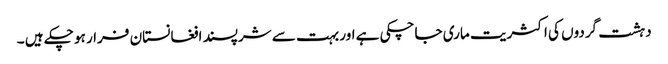
دہشت گردوں کی اکثریت ماری جاچکی ہے اور بہت سے شرپسند افغانستان فرار ہو چکے ہیں ۔